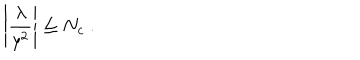
LaTeX: \left| { \frac { \lambda } { y ^ { 2 } } } \right| \le N _ { c } ~ .